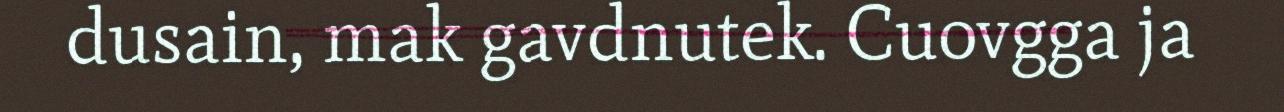
dusain, mak gavdnutek. Cuovgga ja